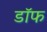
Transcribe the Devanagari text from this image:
डॉफ